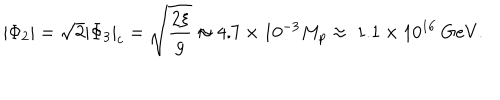
| \Phi _ { 2 } | = \sqrt 2 | \Phi _ { 3 } | _ { c } = \sqrt { \frac { 2 \xi } { g } } \approx 4 . 7 \times 1 0 ^ { - 3 } M _ { p } \approx \ 1 . 1 \times 1 0 ^ { 1 6 } ~ \mathrm { G e V } .